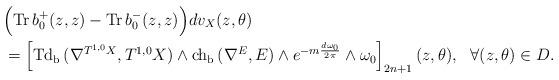
LaTeX: \begin{align*} &\Bigr(\mathrm{Tr\,}b^+_0(z,z)-\mathrm{Tr\,}b^-_0(z,z)\Bigr)dv_X(z,\theta) \\&=\left[\mathrm{Td_b\,}(\nabla^{T^{1,0}X},T^{1,0}X)\wedge\mathrm{ch_b\,}(\nabla^{E},E)\wedge e^{-m\frac{d\omega_0}{2\pi}}\wedge\omega_0\right]_{2n+1}(z,\theta),\ \ \forall(z,\theta)\in D.\end{align*}